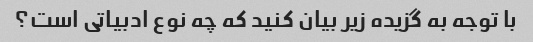
با توجه به گزیده زیر بیان کنید که چه نوع ادبیاتی است؟